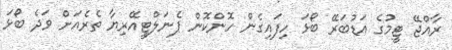
ރާއްޖޭ ޓީމުގެ އަޑުބަރޭ ބޯޅަ ހިފައިގެން ހޮންކޮން ޕެނަލްޓީއޭރިޔާ ތެރެއަށް ވަދެ ބޯޅަ